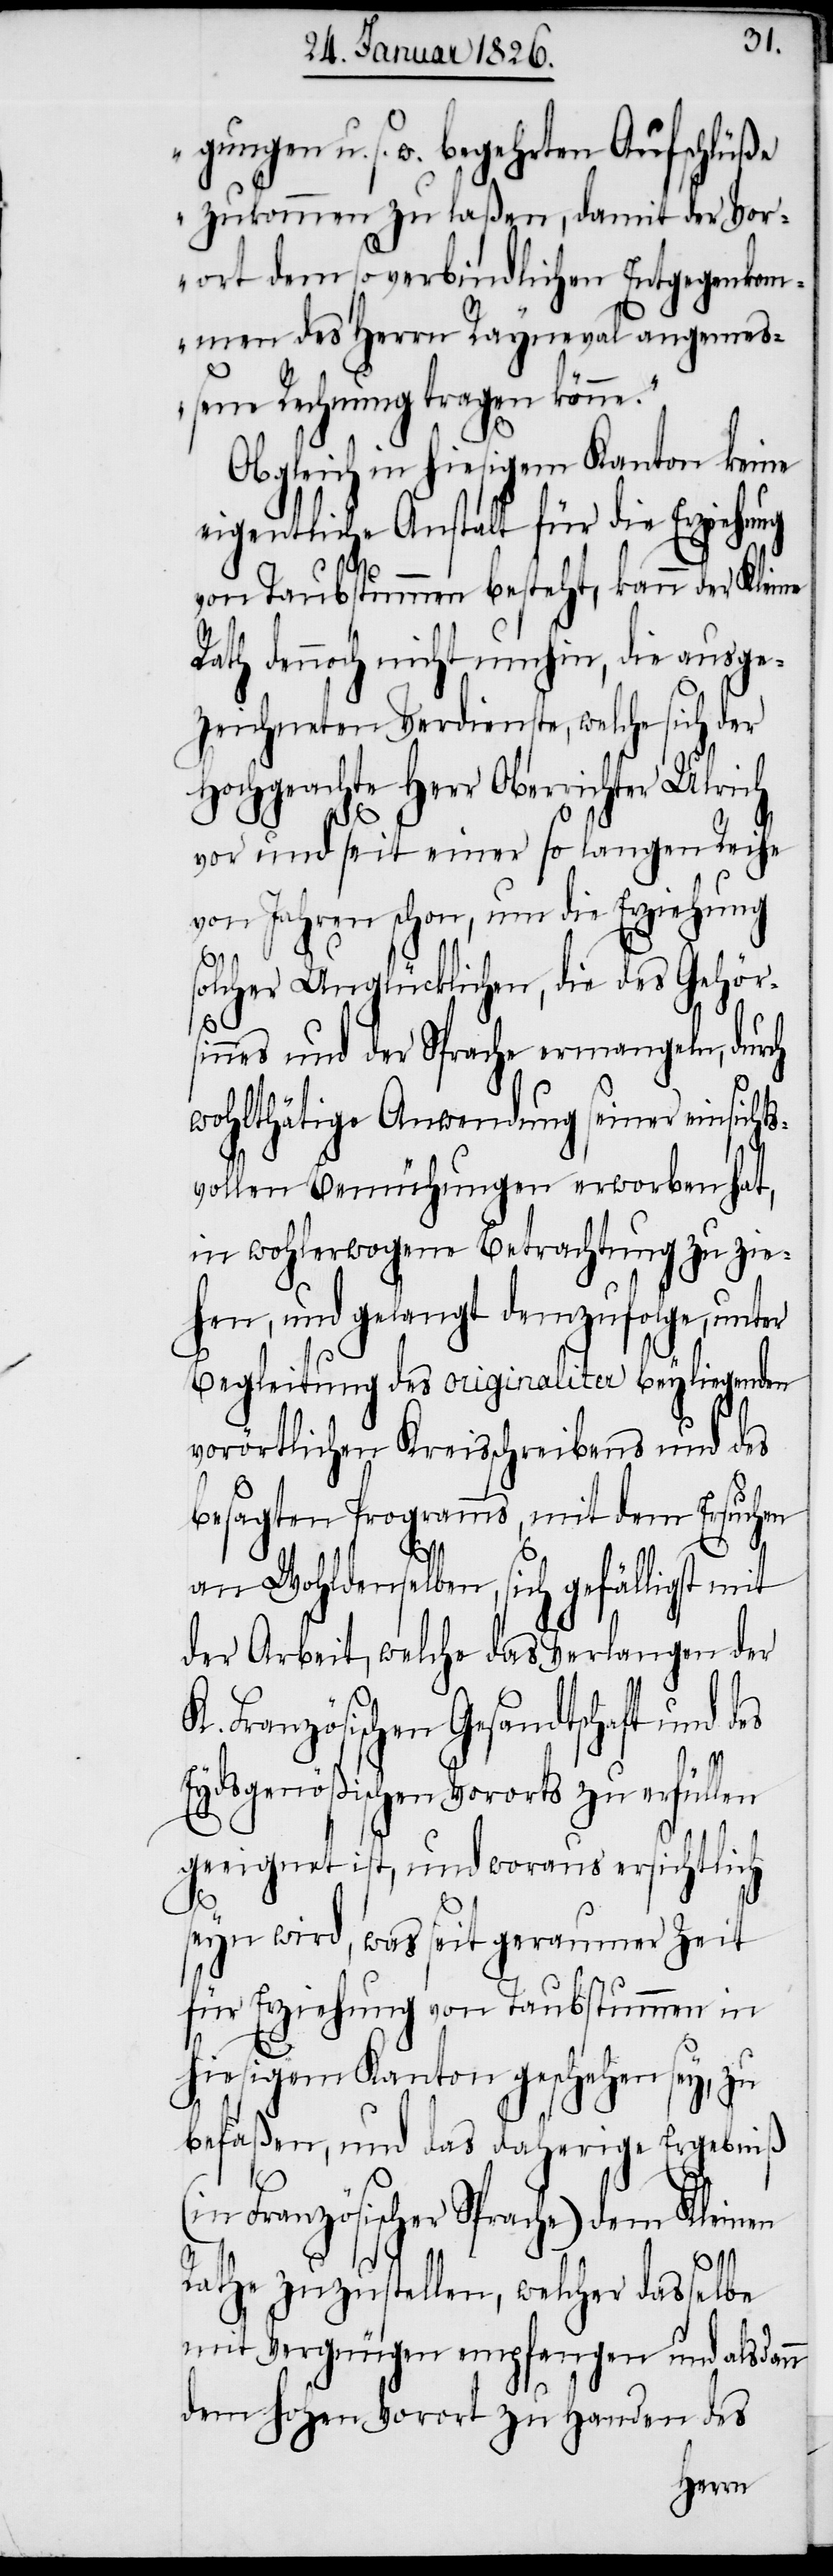
gungen u. s. w. begehrten Aufschlüße
zukommen zu laßen, damit der Vor¬
ort dem so verbindlichen Entgegenkom¬
men des Herrn Rayneval angemeß¬
ene Rechnung tragen könne.“
Obgleich in hiesigem Kanton keine
eigentliche Anstalt für die Erziehung
von Taubstummen besteht, kann der Kleine
Rath dennoch nicht umhin, die ausge¬
zeichneten Verdienste, welche sich der
Hochgeachte Herr Oberrichter Ulrich
vor und seit einer so langen Reihe
von Jahren schon, um die Erziehung
olcher Unglücklichen, die des Gehörs¬
innes und der Sprache ermangeln, durch
wohlthätige Anwendung seiner einsichts¬
vollen Bemühungen erworben hat,
in wohlerwogene Betrachtung zu zie¬
hen, und gelangt demzufolge, unter
Begleitung des originaliter beyliegenden
vorörtlichen Kreisschreibens und des
besagten Programms, mit dem Ersuchen
s¬
an Wohldenselben, sich gefälligst mit
der Arbeit, welche das Verlangen der
Französischen Gesandtschaft und
Eydsgenößischen Vororts zu erfüllen
geeignet ist, und woraus ersichtlich
seyn wird, was seit geraumer Zeit
für Erziehung von Taubstummen in
hiesigem Kanton geschehen sey, zu
befaßen, und das daherige Ergebniß
(in Französischer Sprache) dem Kleinen
Rathe zuzustellen, welcher dasselbe
mit Vergnügen empfangen und alsdann
dem hohen Vorort zu Handen des